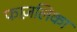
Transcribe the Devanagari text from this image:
फाज़लिका